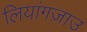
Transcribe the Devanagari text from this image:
लियांगज़ाउ